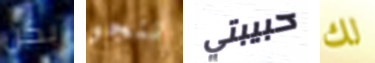
بكن ننجو حبيبتي لك